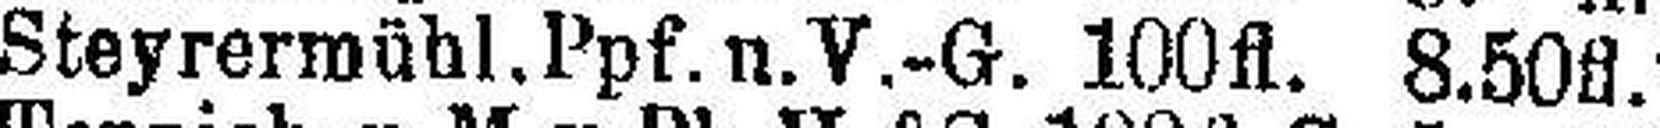
Steyrermühl. Ppf. u. V.-G. 100 fl. 8.50 fl.